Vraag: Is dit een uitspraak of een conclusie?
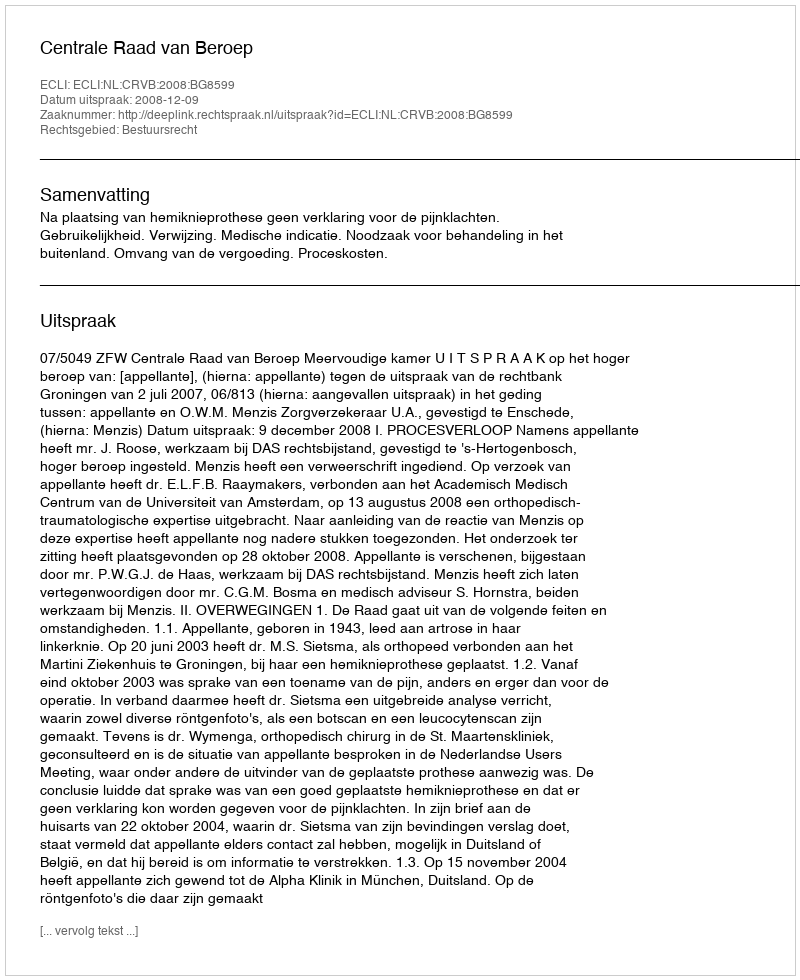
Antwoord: Uitspraak